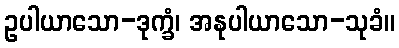
ဥပါယာသော-ဒုက္ခံ၊ အနုပါယာသော-သုခံ။